Vaccination in the Punjab 1897-1904 - 1897-1904
Year: 1897
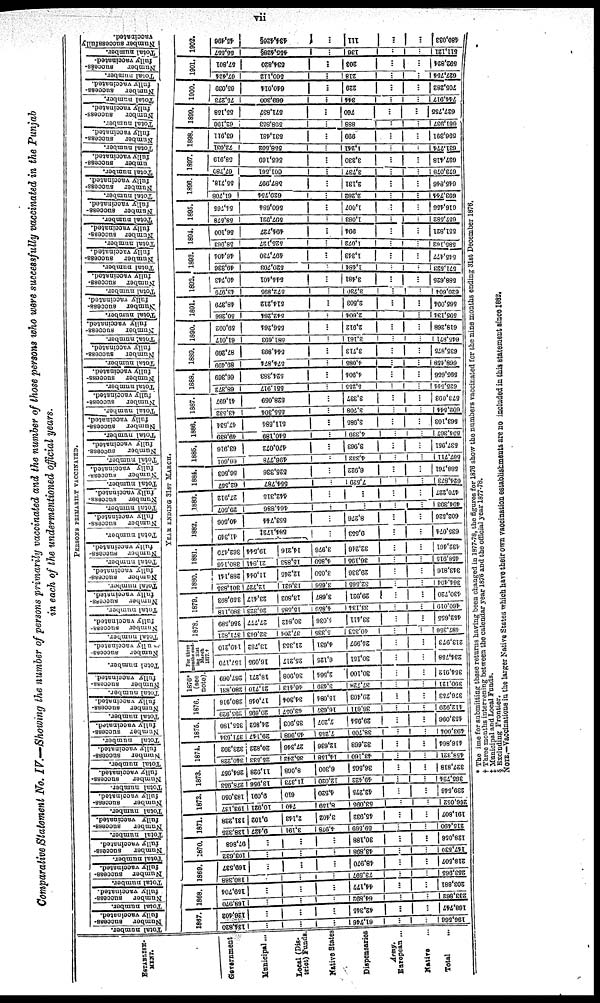
vii
Comparative Statement No. IV.—Showing the number of persons primarily vaccinated and the number of those persons who were successfully vaccinated in the Punjab
in each of the undermentioned official years.
ESTABLISH-
MENT.
Government
Municipal...
Local (Dis-
trict) Funds
Native States
Dispensaries
Army.
European ...
Native ...
Total ...
PERSONS PRIMARILY VACCINATED.
Total number.
Number
success-
fully vaccinated.
Total number.
Number
success-
fully vaccinated.
Total number.
Number
success-
fully vaccinated.
Total number.
Number
success-
fully vaccinated.
Total number.
Number
success-
fully vaccinated.
Total number.
Number
success-
fully vaccinated.
Total number.
Number
success-
fully vaccinated.
Total number.
Number
success-
fully vaccinated.
Total number.
Number success-
fully vaccinated.
Total number.
Number
success-
fully vaccinated.
Total number.
Number
success-
fully vaccinated.
Total number.
Number
success-
fully vaccinated.
Total number.
Number
success-
fully vaccinated.
Total number.
Number
success-
fully vaccinated.
Total number.
Number
success-
fully vaccinated.
Total number.
Number
success-
fully vaccinated.
Total number.
Number
success-
fully vaccinated.
Total number.
Number
success-
fully vaccinated.
Total number.
Number
success-
fully vaccinated.
Total number.
Number
success-
fully vaccinated.
Total number.
Number
success-
fully vaccinated.
Total number.
Number
success-
fully vaccinated.
Total number.
Number
success-
fully vaccinated.
Total number.
Number
success-
fully vaccinated.
Total number.
Number
success-
fully vaccinated.
Total number.
Number
success-
fully vaccinated.
Total number.
Number
success-
fully vaccinated.
Total number.
Number
success-
fully vaccinated.
Total number.
Number success-
fully vaccinated.
Total number.
Number success-
fully vaccinated.
Total number.
Number
success-
fully vaccinated.
Total number.
Number success-
fully vaccinated.
Total number.
Number
success-
fully vaccinated.
Total number.
Number
success-
fully vaccinated.
Total number.
Number
success-
fully vaccinated.
Total number.
Number
success-
fully vaccinated.
Total number.
Number successfully
vaccinated.
YEAR ENDING 31ST MARCH.
1867.
134,820
...
...
...
61,746
...
...
196,568
126,402
...
...
...
42,345
...
...
168,747
1868.
168,970
...
...
...
64,892
...
...
233,862
159,704
...
...
...
44,177
...
...
203,881
1869.
180,368
...
...
...
73,597
...
...
2 5 3 , 9 6 5
169,537
...
...
...
48,970
...
...
218,507
1870.
103,632
...
...
...
43,898
...
...
147,530
97,868
...
...
...
30,188
...
...
128,056
1871.
138,326
9,427
3,191
4,978
59,569
...
...
215,490
131,228
9,102
2,143
3,402
45,932
...
...
191,807
1872.
193,137
10,921
740
8,159
53,095
...
...
266,052
183,050
9,091
610
4,520
42,275
...
...
239,546
1873.
278,953
13,956
11,373
12,020
49,422
...
...
365,724
264,957
11,928
8,068
6,300
36,565
...
...
327,818
1874.
340,228
25,533
35,242
14,158
43,160
...
...
458,321
323,302
20,822
27,346
12,636
32,668
...
...
416,864
1875.
371,934
29,147
45,968
7,255
38,700
...
...
493,004
355,180
24,852
35,903
7,207
29,954
...
...
453,096
1876.
205,920
20,695
43,057
16,637
36,611
...
...
412,929
280,916
17,046
34,304
16,084
29,403
...
...
376,753
1876*
(see
note).
280,831
21,710
46,413
3,439
37,403
...
...
390,121
267,069
18,271
36,908
2,564
30,100
...
...
354,912
For three
months end-
ing 31st
March
1877. †
157,170
16,095
25,217
6,125
30,151
...
...
234,758
149,210
13,782
21,353
4,631
24,997
...
...
213,973
1878.
371,821
32,643
37,204
5,335
40,353
...
...
487,356
356,589
27,777
30,842
4,036
33,411
...
...
452,655
1879.
380,118
26,323
15,585
4,859
33,134
...
...
460,019
359,893
23,417
13,802
3,687
29,921
...
...
430,720
1880.
301,835
12,727
33,621
3,656
32,565
...
...
364,404
288,141
11,044
12,245
3,050
29,336
...
...
343,816
1881.
380,146
21,841
15,883
4,850
36,195
...
...
468,915
362,479
19,544
14,216
3,976
32,246
...
...
432,461
1882.
41,349
584,172‡
...
9,553
...
...
635,074
40,506
553,744
...
8,276
...
...
602,526
1883.
29,507
464,886
...
...
...
...
494,393
27,912
442,315
...
...
...
...
470,227
1884.
62,557
564,787
...
7,529
...
...
624,873
56,503
525,336
...
6,922
...
...
588,761
1885.
66,601
496,778
...
4,332
...
...
567,711
63,916
470,072
...
3,963
...
...
537,951
1886.
49,839
640,189
...
4,339
...
...
594,367
47,534
511,584
...
3,985
...
...
563,103
1887.
43,532
555,304
...
3,708
...
...
602,544
41,697
528,059
...
3,337
...
...
573,093
1888.
68,372
551,917
...
5,255
...
...
625,544
66,369
524,383
...
4,904
...
...
595,656
1889.
89,499
574,874
...
4,085
...
...
668,458
87,269
544,893
...
3,713
...
...
635,875
1890.
61,017
581,693
...
3,161
...
...
645,871
59,092
556,264
...
2,912
...
...
618,268
1891.
50,266
...
...
2,604
...
...
595,134
48,379
514,212
...
2,503
...
...
565,094
1892.
43,979
572,895
...
3,730
...
...
620,604
40,743
544,401
...
3,481
...
...
588,626
1893.
49,336
520,703
...
1,484
...
...
571,523
46,404
497,730
...
1,343
...
...
545,477
1894.
58,963
525,127
...
1,072
...
...
585,162
56,100
494,727
...
994
...
...
551,821
1895.
58,578
597,921
...
1,083
...
...
657,582
54,765
560,684
...
1,007
...
...
616,456
1896.
61,708
629,754
...
2,282
...
...
693,744
55,718
587,997
...
2,131
...
...
645,846
1897.
67,780
601,561
...
3,737
...
...
673,078
58,919
565,169
...
3,330
...
...
627,418
1898.
72,031
568,502
...
1,241
...
...
631,774
63,911
531,481
...
999
...
...
596,391
1899.
62,196
598,853
...
888
...
...
661,937
55,158
571,837
...
760
...
...
627,755
1900.
75,273
669,300
...
344
...
...
744,917
65,039
640,014
...
229
...
...
705,282
1901.
67,424
560,112
...
218
...
...
627,654
57,801
534,820
...
203
...
...
592,824
1902.
55,557
455,428§
...
136
...
...
511,121
45,496
434,426§
...
111
...
...
480,033
* The ime for submitting these returns having been changed in 1877-78, the figures for 1876 show the numbers vaccinated for the nine months ending 31st December 1876.
† Three months intervening between the calendar year 1876 and the official year 1877-78.
‡ Municipal and Local Funds.
§ Excluding Frontier.
NOTE.—Vaccinations in the larger Native States which hare their own vaccination establishments are no included in this statement since 1882,